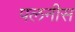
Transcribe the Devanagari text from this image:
पलनीस